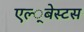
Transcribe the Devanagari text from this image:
एल्‍्बेस्टस